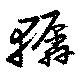
轏